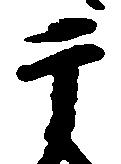
于